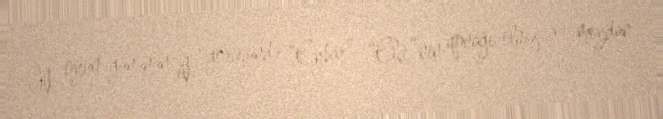
İlk oyun gününün ilk görüşündə “Eybar” “Elçe”nin qonağı olmuş və meydan